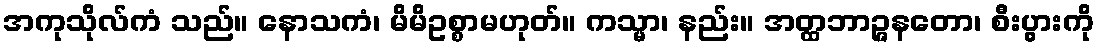
အကုသိုလ်ကံ သည်။ နောသကံ၊ မိမိဥစ္စာမဟုတ်။ ကသ္မာ၊ နည်း။ အတ္ထဘာဉ္ဇနတော၊ စီးပွားကို